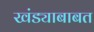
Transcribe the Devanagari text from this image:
खंड्याबाबत